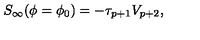
S _ { \infty } ( \phi = \phi _ { 0 } ) = - \tau _ { p + 1 } V _ { p + 2 } ,